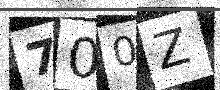
Text: 700Z